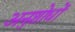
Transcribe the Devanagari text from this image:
अनुशोधों